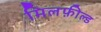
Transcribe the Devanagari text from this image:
मिलफ़ील्ड